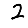
Digit: 2